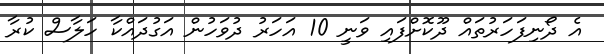
އެ ދޯނިފަހަރުތައް ދޫކޮށްފައި ވަނީ 10 އަހަރު ދުވަހުން އަގުދައްކާ ހަލާސް ކުރާ